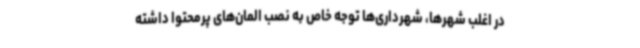
در اغلب شهرها، شهرداری‌ها توجه خاص به نصب المان‌های پرمحتوا داشته